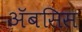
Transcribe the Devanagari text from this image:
अॅबसिस